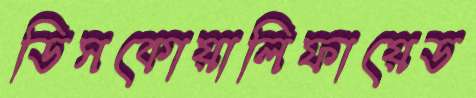
ডিসকোয়ালিফায়েড